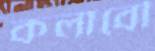
কলাবৌ